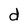
Character: d